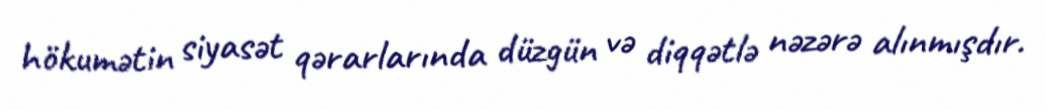
hökumətin siyasət qərarlarında düzgün və diqqətlə nəzərə alınmışdır.